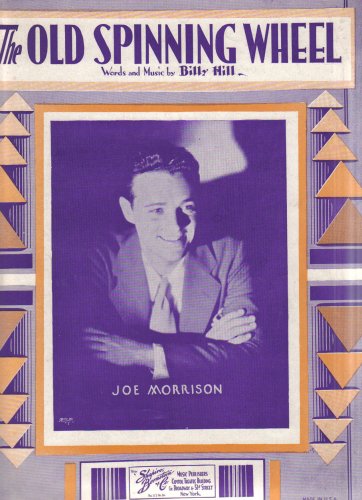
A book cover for The Old Spinning Wheel - Recorded by Joe Morrison; Billy Hill; Crafts, Hobbies & Home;